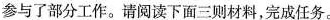
参与了部分工作。请阅读下面三则材料，完成任务。